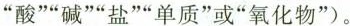
“酸”“碱”“盐”“单质”或“氧化物”)。